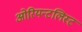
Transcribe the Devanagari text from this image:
ओरियन्टलिस्ट